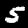
Digit: 5